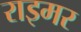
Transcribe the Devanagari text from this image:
राइमर